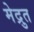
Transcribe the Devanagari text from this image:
मेद्रुत